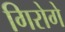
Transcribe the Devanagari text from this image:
गिरोगे